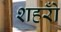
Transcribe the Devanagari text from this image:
शहरोँ